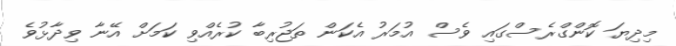
މިދިޔަ ކޮންގްރެސްގައި ވެސް އުމަރު އެކަން ތަޖުރިބާ ކުރެއްވި ކަމަށް އޭނާ ވިދާޅުވެ